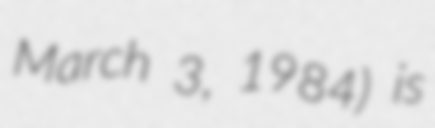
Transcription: March 3, 1984) is